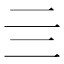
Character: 亖